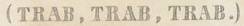
(TRAB,TRAB,TRAB.)